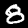
Label: 8